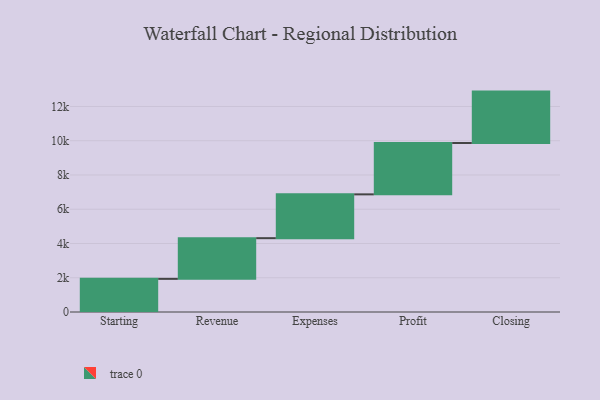
{"axis": {"x": "Step", "y": "Value"}, "legend": [""], "data": [{"x": "Starting", "y": 1935.0, "type": ""}, {"x": "Revenue", "y": 2376.0, "type": ""}, {"x": "Expenses", "y": 2558.0, "type": ""}, {"x": "Profit", "y": 3000, "type": ""}, {"x": "Closing", "y": 3000, "type": ""}]}